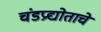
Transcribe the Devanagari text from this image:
चंडप्रद्योताचे